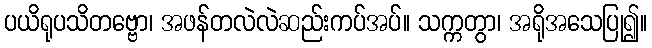
ပယိရုပသိတဗ္ဗော၊ အဖန်တလဲလဲဆည်းကပ်အပ်။ သက္ကတွာ၊ အရိုအသေပြု၍။